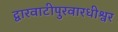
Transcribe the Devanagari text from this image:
द्वारवाटीपुरवारधीश्वर